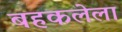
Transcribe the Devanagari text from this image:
बहकलेला